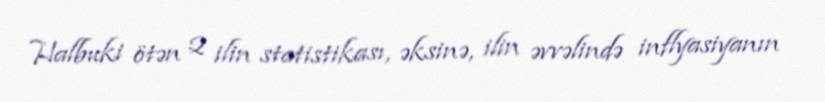
Halbuki ötən 2 ilin statistikası, əksinə, ilin əvvəlində inflyasiyanın